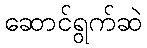
ဆောင်ရွက်ဆဲ